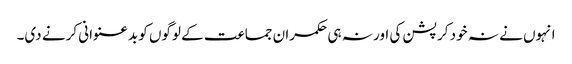
انہوں نے نہ خود کرپشن کی اور نہ ہی حکمران جماعت کے لوگوں کو بدعنوانی کرنے دی۔